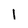
Character: l